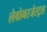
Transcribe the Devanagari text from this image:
लेवोनरजेस्ट्रल